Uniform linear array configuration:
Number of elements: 48
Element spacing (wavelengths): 0.75
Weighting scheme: kaiser
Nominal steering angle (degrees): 60
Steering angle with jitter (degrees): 59.13
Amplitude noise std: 0.05
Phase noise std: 0.05

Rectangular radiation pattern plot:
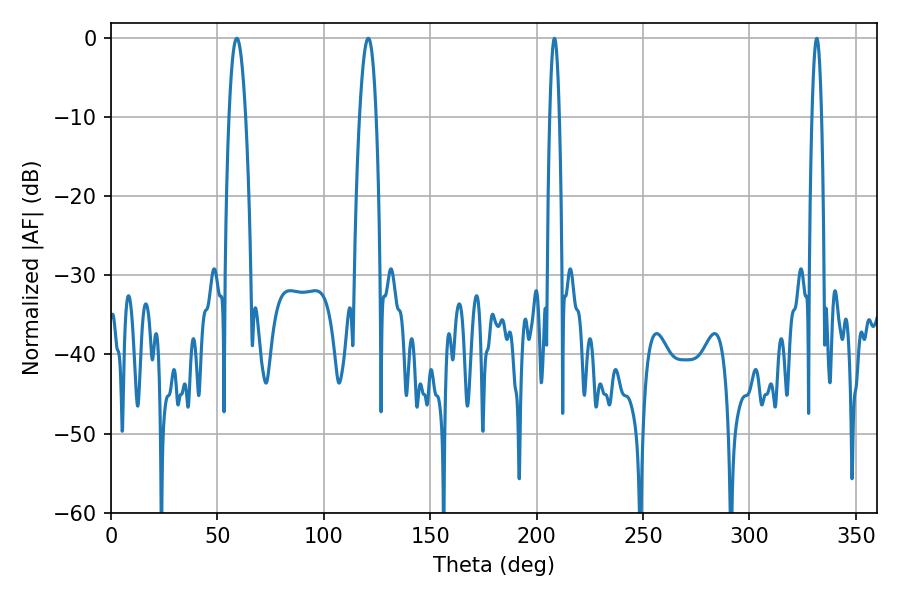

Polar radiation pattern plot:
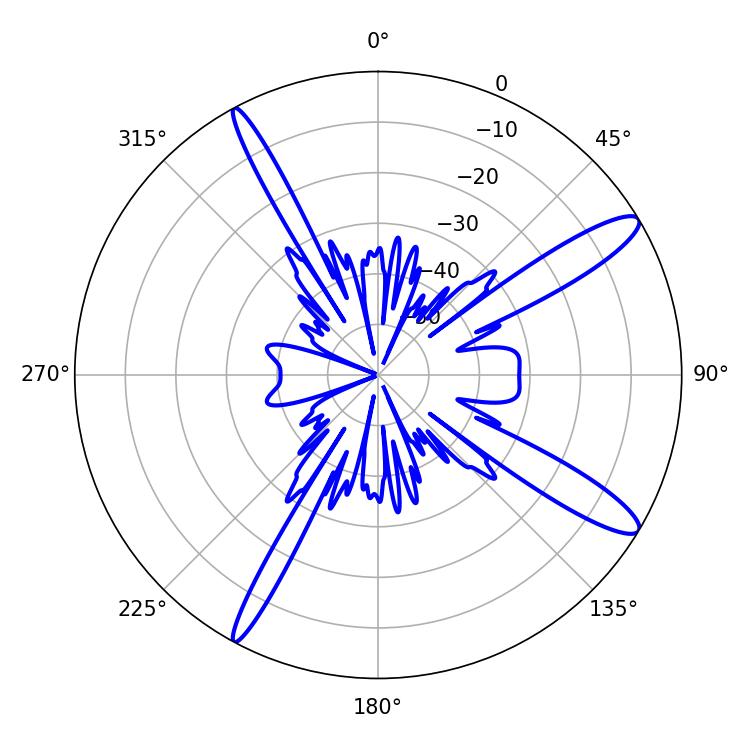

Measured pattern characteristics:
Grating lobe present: TRUE
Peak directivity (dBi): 13.226
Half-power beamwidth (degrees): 4.32
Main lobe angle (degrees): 59.04